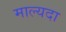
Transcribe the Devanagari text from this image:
माल्यदा